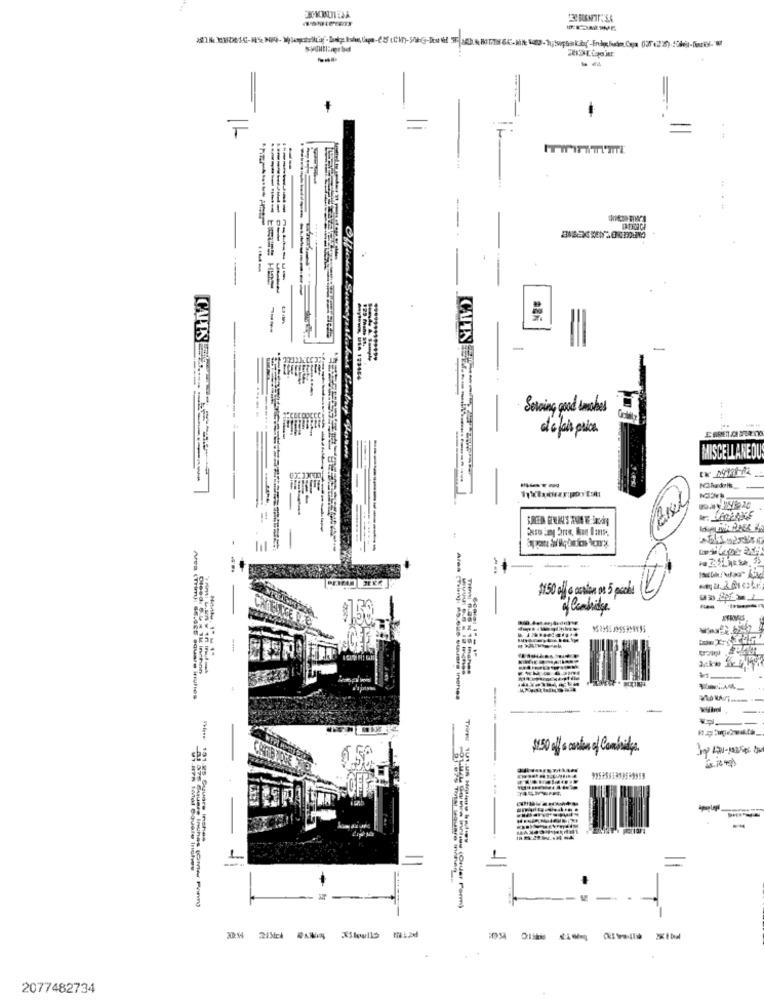
F
=
--
-
-----
-
-****. ... 1.3464
Serving good inches
MISCELLANEOU
ue
$150 all & colon De 5 poches
of Cambridge
-
Mes (Trim): $6.42E square irules
-
Trims :
E
191.25 Cuuare inches
-
HTR 10/01 SQuele Irules
91.075 ThIll Youare ininen
83 376 Square Inchas (Ornew Pvino
2077482734